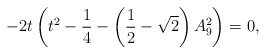
\begin{align*}-2t\left(t^2-\frac{1}{4}-\left(\frac{1}{2}-\sqrt{2}\right)A_9^2\right)=0,\end{align*}